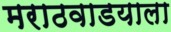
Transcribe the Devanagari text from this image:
मराठवाडयाला